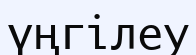
үңгілеу